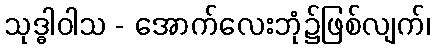
သုဒ္ဓါဝါသ - အောက်လေးဘုံ၌ဖြစ်လျက်၊